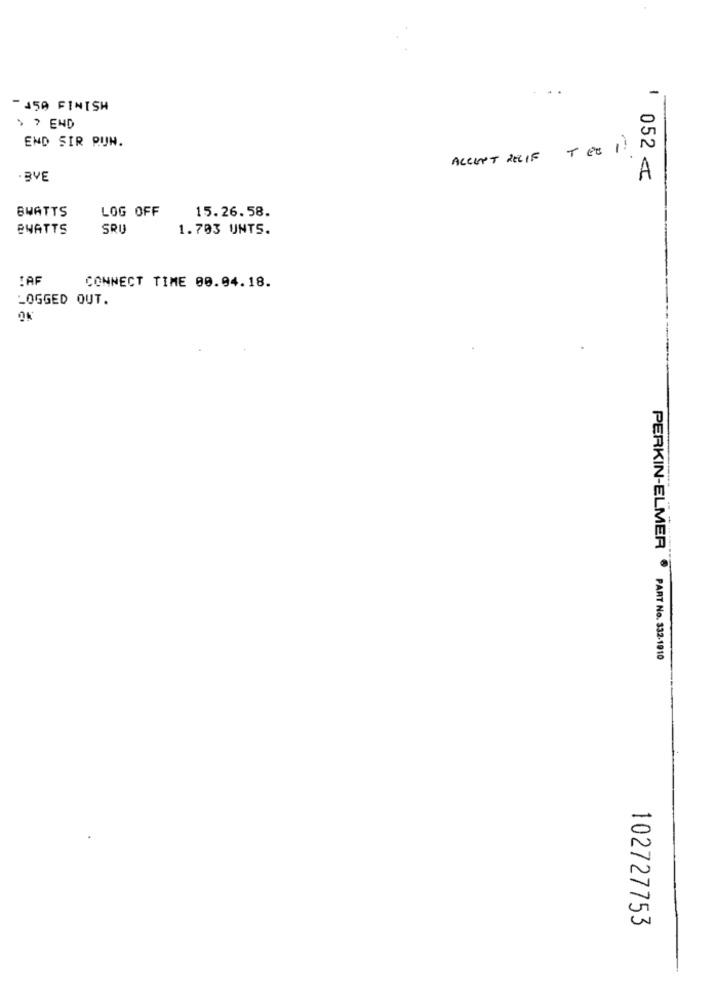
-
- 150 FINISH
> > END
END SIR PUN.
TES
1
ACCEPT RELIF
· BVE
052 <<
BWATTS
LOG OFF
15.26.58.
BWATTS
SRU
1.703 UNTS.
!AF
CONNECT TIME 00.04.18.
LOGGED OUT.
PERKIN-ELMER · PART No. 332-1010
102727753